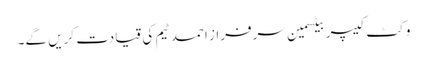
وکٹ کیپر بیٹسمین سرفراز احمد ٹیم کی قیادت کریں گے۔